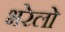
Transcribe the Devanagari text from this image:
भरेलो